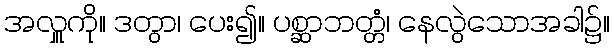
အလှူကို။ ဒတွာ၊ ပေး၍။ ပစ္ဆာဘတ္တံ၊ နေလွဲသောအခါ၌။